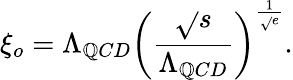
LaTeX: \xi_{o}=\Lambda_{\mathbb{Q}CD}\left(\frac{{\sqrt{}{{s}}}}{{\Lambda_{\mathbb{Q}CD}}}\right)^{\frac{{1}}{{\sqrt{}{{e}}}}}.